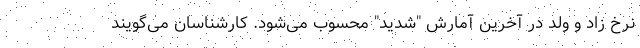
نرخ زاد و ولد در آخرین آمارش "شدید" محسوب می‌شود. کارشناسان می‌گویند